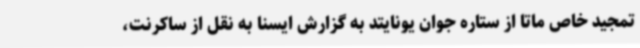
تمجید خاص ماتا از ستاره جوان یونایتد به گزارش ایسنا به نقل از ساکرنت،